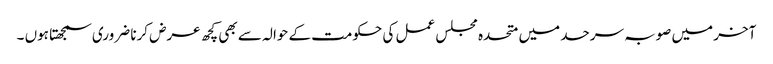
آخر میں صوبہ سرحد میں متحدہ مجلس عمل کی حکومت کے حوالہ سے بھی کچھ عرض کرنا ضروری سمجھتا ہوں ۔